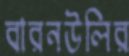
বারনউলির